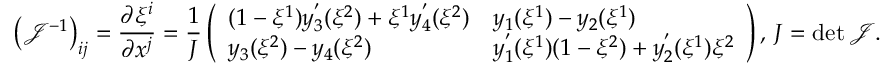
\left( \mathcal { J } ^ { - 1 } \right) _ { i j } = \frac { \partial \xi ^ { i } } { \partial x ^ { j } } = \frac { 1 } { J } \left( \begin{array} { l l } { ( 1 - \xi ^ { 1 } ) y _ { 3 } ^ { ' } ( \xi ^ { 2 } ) + \xi ^ { 1 } y _ { 4 } ^ { ' } ( \xi ^ { 2 } ) } & { y _ { 1 } ( \xi ^ { 1 } ) - y _ { 2 } ( \xi ^ { 1 } ) } \\ { y _ { 3 } ( \xi ^ { 2 } ) - y _ { 4 } ( \xi ^ { 2 } ) } & { y _ { 1 } ^ { ' } ( \xi ^ { 1 } ) ( 1 - \xi ^ { 2 } ) + y _ { 2 } ^ { ' } ( \xi ^ { 1 } ) \xi ^ { 2 } } \end{array} \right) , \, J = \operatorname* { d e t } \mathcal { J } .